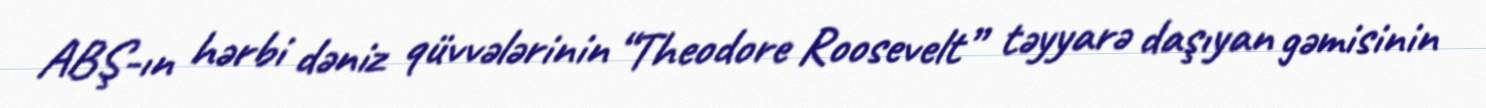
ABŞ-ın hərbi dəniz qüvvələrinin “Theodore Roosevelt” təyyarə daşıyan gəmisinin